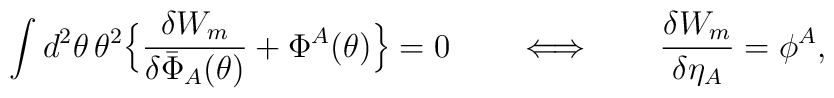
\int d^2 \theta \, \theta^2 \Bigr\{\frac{\delta W_m}{\delta \bar{\Phi}_A(\theta)} + \Phi^A(\theta) \Bigr\} = 0\qquad\Longleftrightarrow\qquad\frac{\delta W_m}{\delta \eta_A} = \phi^A,